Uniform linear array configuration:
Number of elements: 8
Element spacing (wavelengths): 0.5
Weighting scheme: blackman
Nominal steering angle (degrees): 60
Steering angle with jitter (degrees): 59.299
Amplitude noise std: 0.05
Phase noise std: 0.05

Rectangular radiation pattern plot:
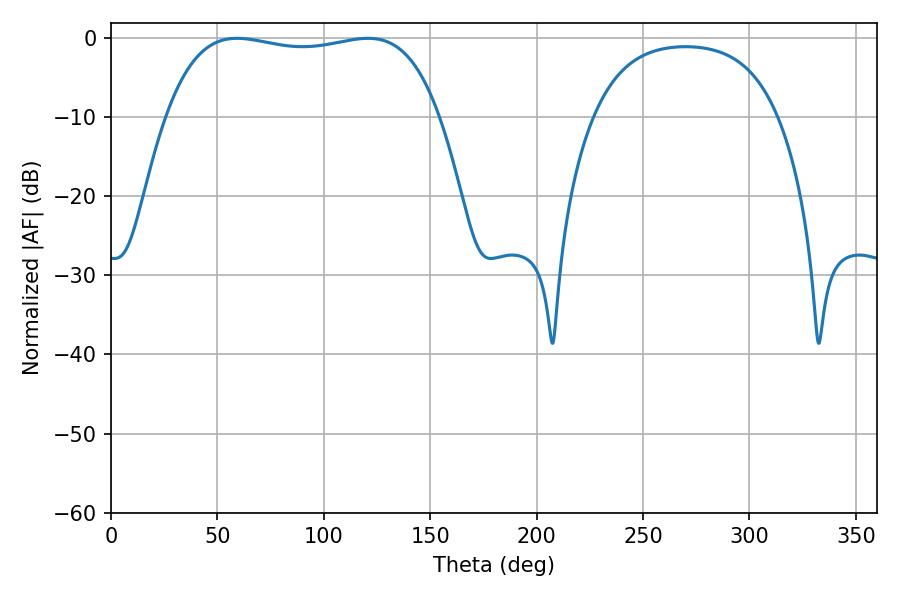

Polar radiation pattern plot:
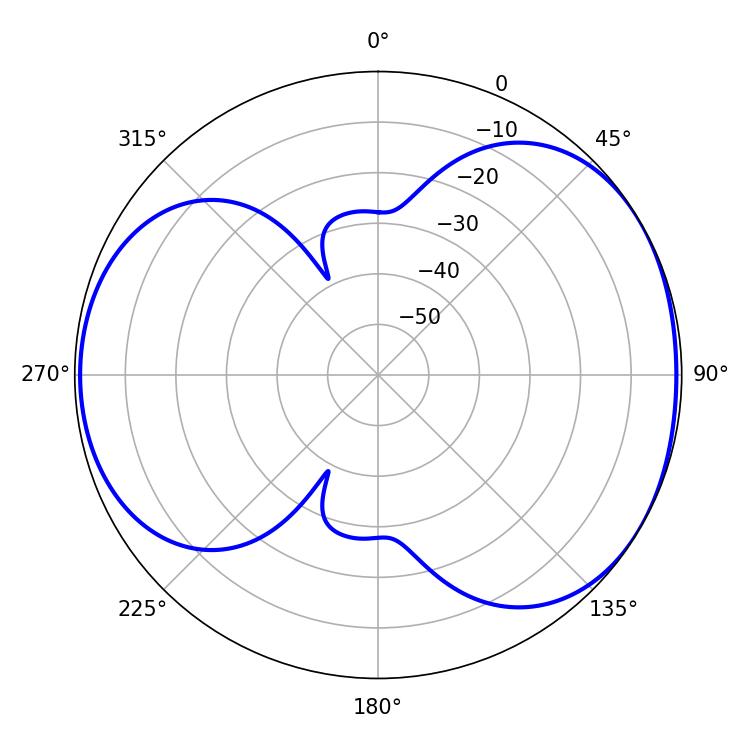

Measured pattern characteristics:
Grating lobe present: FALSE
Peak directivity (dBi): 4.704
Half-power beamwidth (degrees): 102.96
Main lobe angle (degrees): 59.22